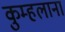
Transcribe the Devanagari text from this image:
कुम्हलाना